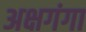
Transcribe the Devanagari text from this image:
अक्षगंगा